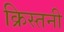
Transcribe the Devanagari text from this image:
क्रिस्तनी